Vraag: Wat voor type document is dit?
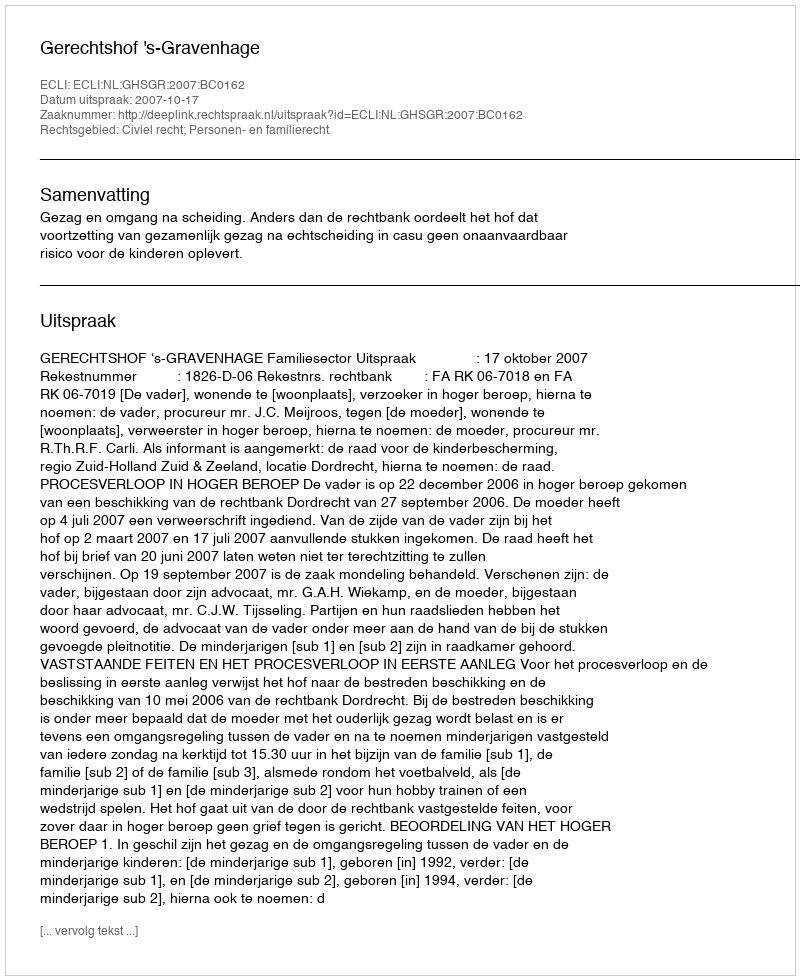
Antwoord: Uitspraak